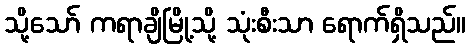
သို့သော် ကရာချိမြို့သို့ သုံးစီးသာ ရောက်ရှိသည်။